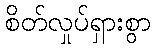
စိတ်လှုပ်ရှားစွာ